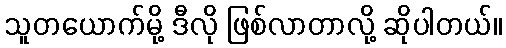
သူတယောက်မို့ ဒီလို ဖြစ်လာတာလို့ ဆိုပါတယ်။